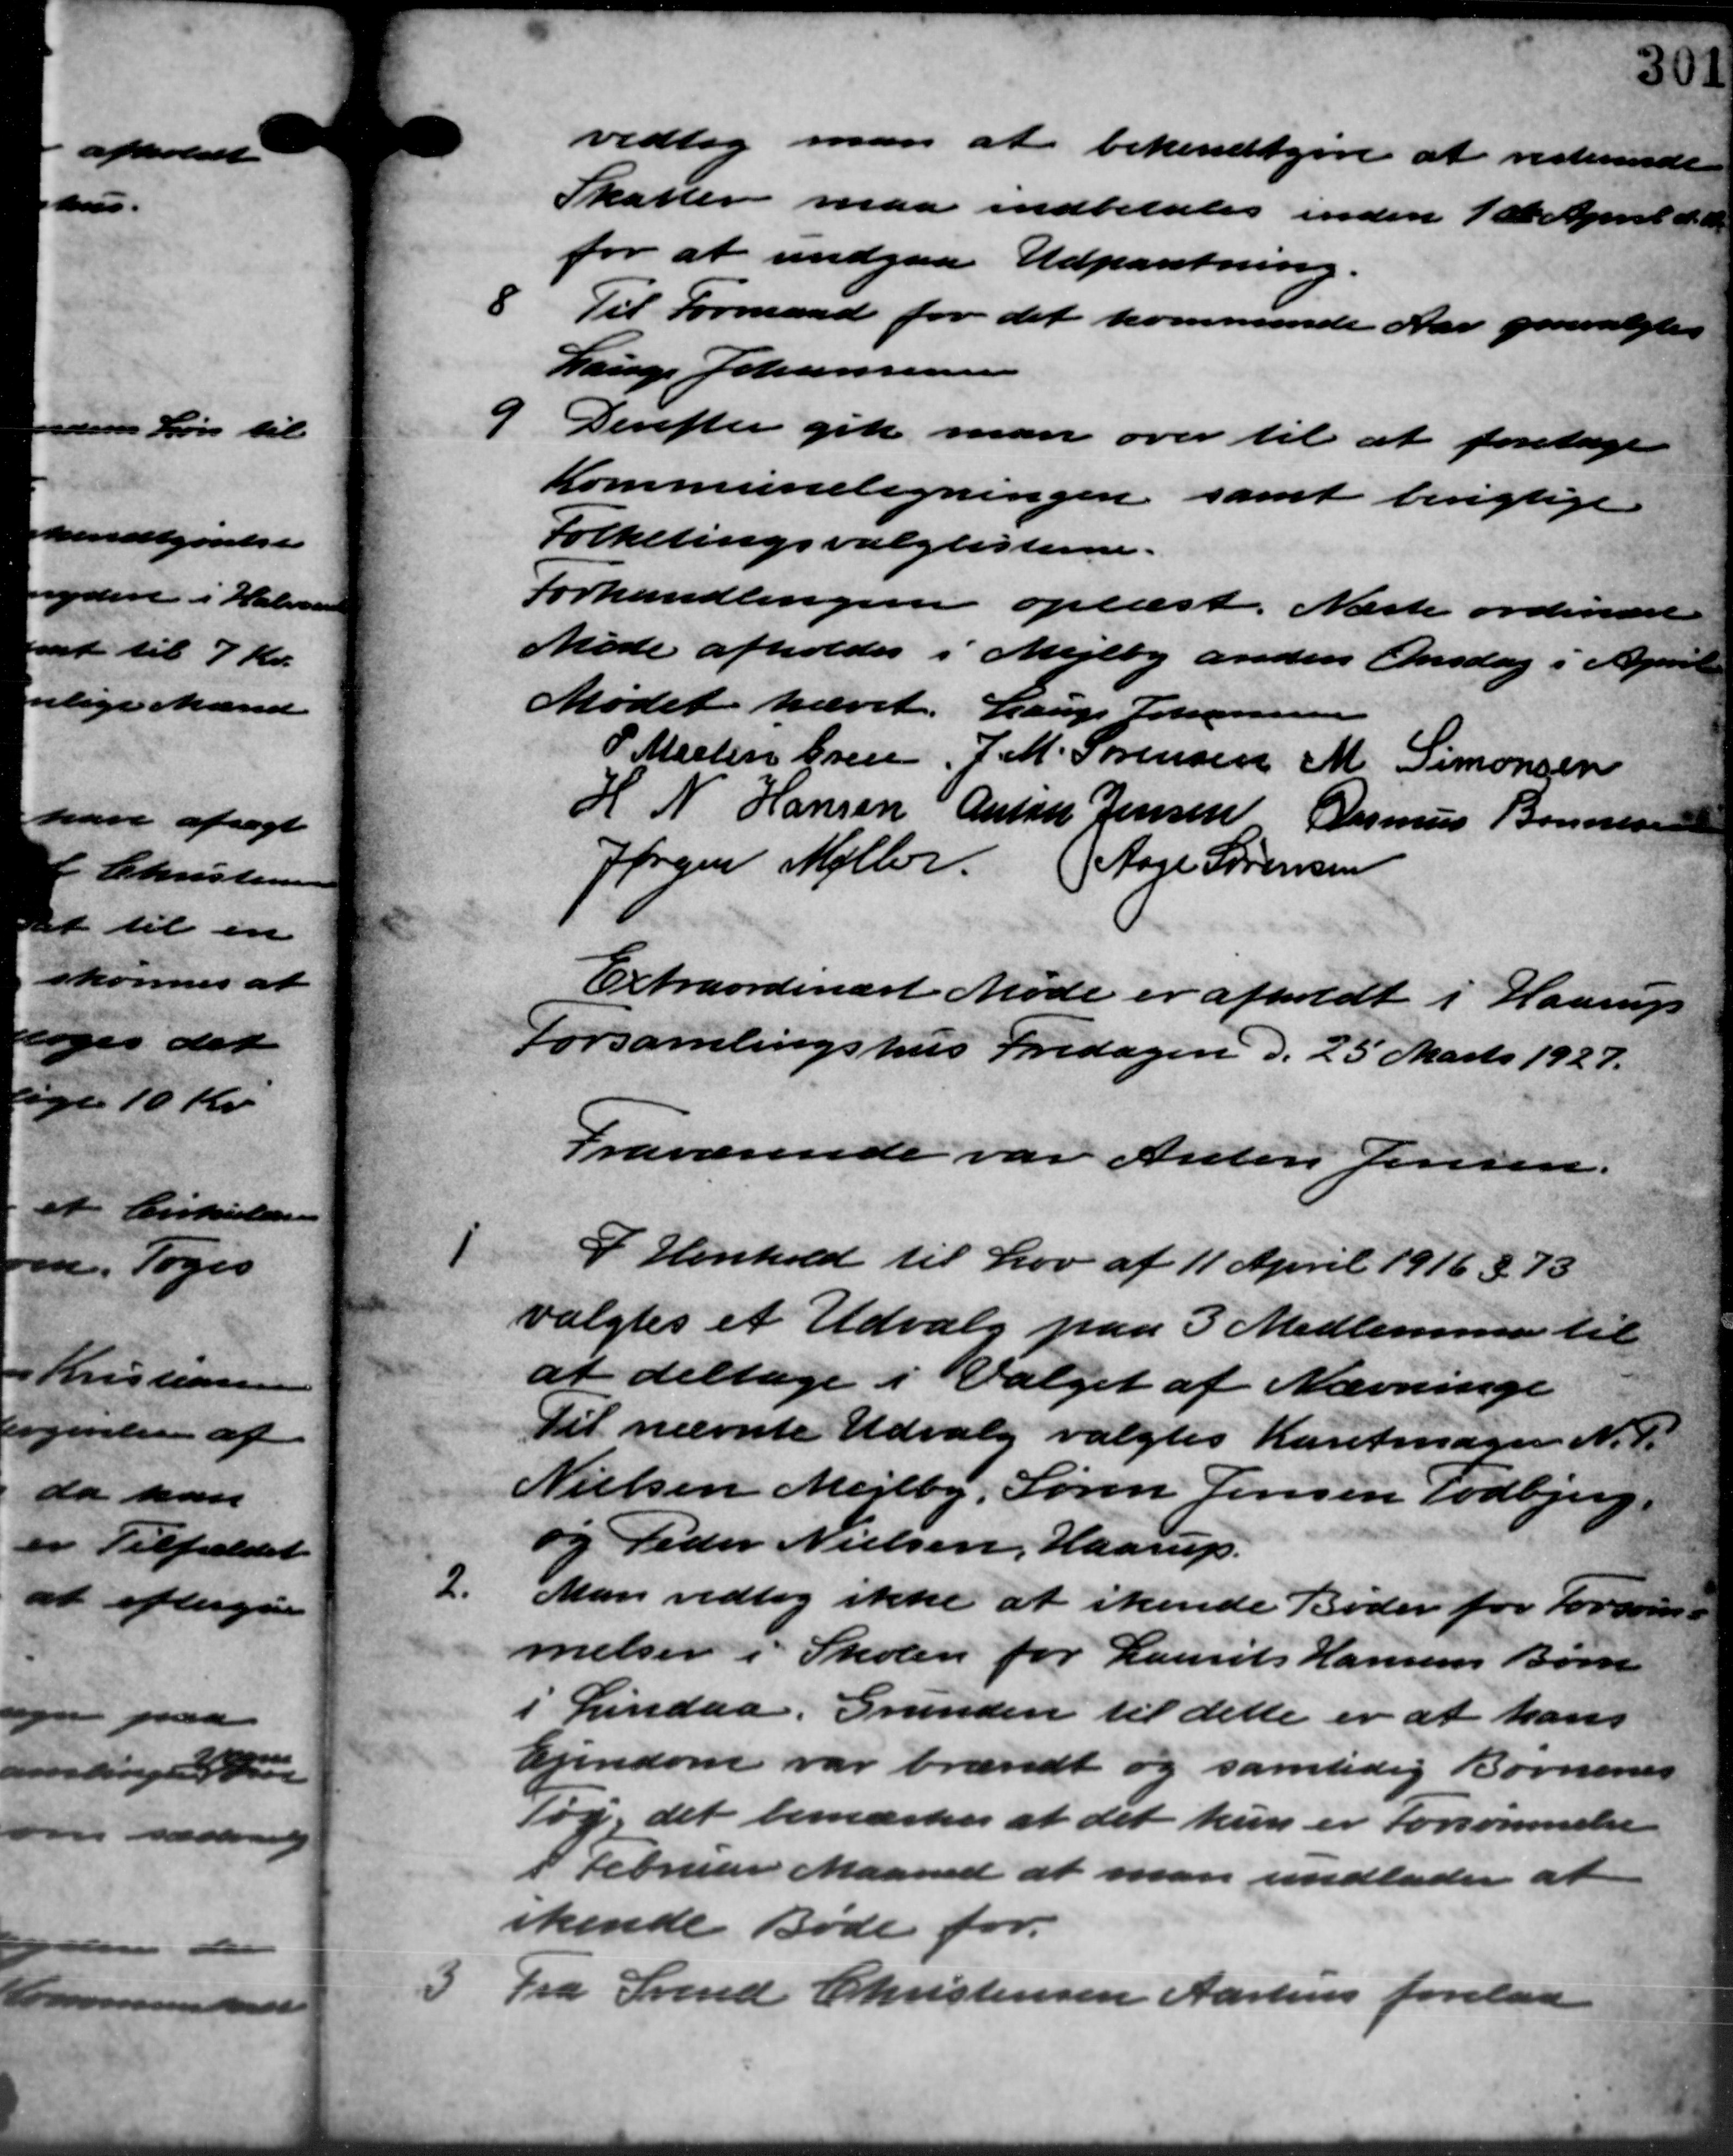
Transskription:
vedtog man at bekendtgive at resterende
Skatter maa indbetales inden 1st April d. A.
for at undgaa Udpantning.
8 Til Formand for det kommende Aar genvalgtes
8 Til Formand for det kommende Aar genvalgtes
Lauge Johannesen
9. Derefter gik man over til at foretage
9. Derefter gik man over til at foretage
Kommuneligningen samt berigtige
Folketingsvalglisterne.
Forhandlingen oplæst. Næste ordinært
Møde afholdes i Mejlby anden Onsdag i April
Mødet hævet. Lauge Johannesen
P. Martin Gren J. M. Sørensen M. Simonsen
H N Hansen Anton Jensen Rasmus Bonnesen
Jørgen Møller Aage Sørensen
Extraordinært Møde er afholdt i Haarup
Forsamlingshus Fredagen d. 25 Marts 1927.
Fraværende var Anton Jensen.

I Henhold til Lov af 11 April 1916 § 73
valgtes et Udvalg paa 3 Medlemmer til
at deltage i Valget af Nævninge
Til nævnte Udvalg valgtes Karetmager N. P.
Nielsen Mejlby. Søren Jensen Todbjerg.
og Peder Nielsen, Haarup.
2.
Man vedtog ikke at ikende Bøder for Forsom –
melser i Skolen for Laurits Hansens Børn
i Lindaa. Grunden til dette er at hans
Ejendom var brændt og samtidig Børnenes
Tøg, det bemærkes at det kun er Forsømmelse
1 Februar Maaned at man undlader at
rkende Bøde for
3 Fra Svend Christensen Aarhus forelaa
3 Fra Svend Christensen Aarhus forelaa